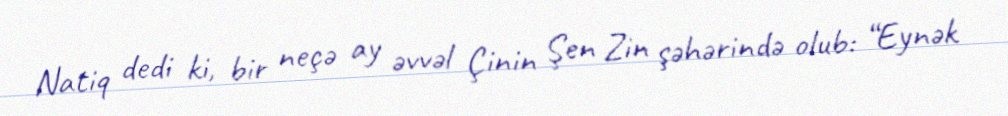
Natiq dedi ki, bir neçə ay əvvəl Çinin Şen Zin şəhərində olub: “Eynək